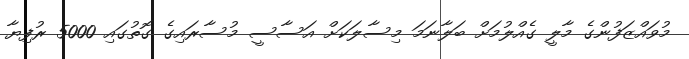
މުވައްޒަފުންގެ މާލީ ގެއްލުމަށް ބަލާނަމަ މިސާލަކަށް އަސާސީ މުސާރައިގެ ގޮތުގައި 5000 ރުފިޔާ